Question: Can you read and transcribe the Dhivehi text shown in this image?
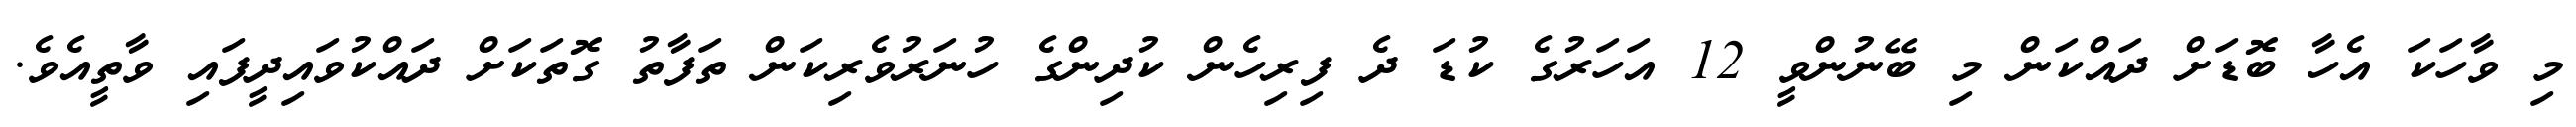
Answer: މި ވާހަކަ އެހާ ބޮޑަށް ދައްކަން މި ބޭނުންވީ 12 އަހަރުގެ ކުޑަ ދެ ފިރިހެން ކުދިންގެ ހުނަރުވެރިކަން ތަފާތު ގޮތަކަށް ދައްކުވައިދީފައި ވާތީއެވެ.